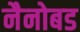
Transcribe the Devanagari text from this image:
नैनोबड